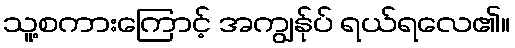
သူ့စကားကြောင့် အကျွန်ုပ် ရယ်ရလေ၏။